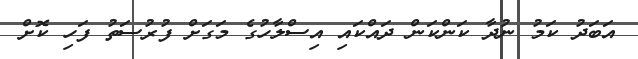
އަބަދު ކަމު ނުދާ ކަންކަން ދައްކައި އިސްލާހުގެ މަގަށް ފުރުސަތު ފަހި ކޮށް